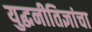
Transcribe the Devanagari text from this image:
युद्धनीतिज्ञांचा